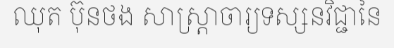
ឈុត ប៊ុនថង សាស្ត្រាចារ្យទស្សនវិជ្ជានៃ